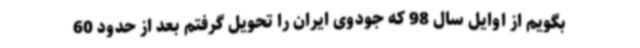
بگویم از اوایل سال 98 که جودوی ایران را تحویل گرفتم بعد از حدود 60